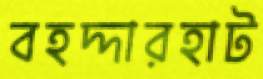
বহদ্দারহাট